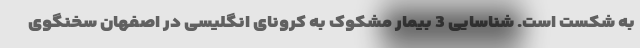
به شکست است. شناسایی 3 بیمار مشکوک به کرونای انگلیسی در اصفهان سخنگوی